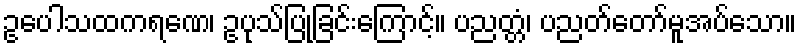
ဥပေါသထကရဏေ၊ ဥပုသ်ပြုခြင်းကြောင့်။ ပညတ္တံ၊ ပညတ်တော်မူအပ်သော။